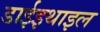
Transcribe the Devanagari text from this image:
डाईइथाइल